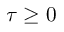
\tau \geq 0